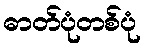
ဓာတ်ပုံတစ်ပုံ